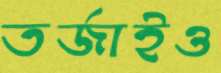
তর্জাইও